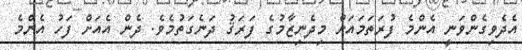
އެދެވިގެންވަނީ އެންމެ ފުރަތަމައަށް މިދެނިޒާމުގެ ފަރަޤު ދަނެގަތުމެވެ. ދެން އެއަށް ފަހު އެންމެ